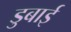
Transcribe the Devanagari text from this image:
डुबाई